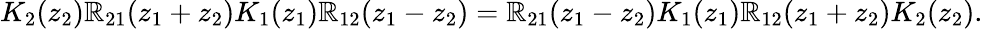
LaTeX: K_{2}(z_{2})\mathbb{R}_{21}(z_{1}+z_{2})K_{1}(z_{1})\mathbb{R}_{12}(z_{1}-z_{2})=\mathbb{R}_{21}(z_{1}-z_{2})K_{1}(z_{1})\mathbb{R}_{12}(z_{1}+z_{2})K_{2}(z_{2}).